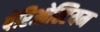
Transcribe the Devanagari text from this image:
पेरिओस्टियम